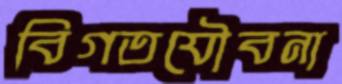
বিগতযৌবনা